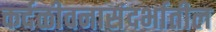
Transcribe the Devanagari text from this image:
कर्दळीवनासंदर्भातील